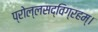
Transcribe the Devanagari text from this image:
प्रोल्लसद्विग्रहम्।